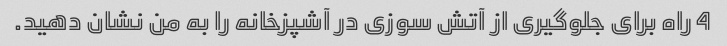
4 راه برای جلوگیری از آتش سوزی در آشپزخانه را به من نشان دهید.